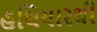
હથિયારથી